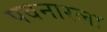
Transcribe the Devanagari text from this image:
पवनारला